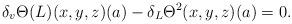
LaTeX: \begin{align*}\delta_v\Theta(L)(x,y,z)(a)-\delta_L\Theta^2(x,y,z)(a)=0.\end{align*}